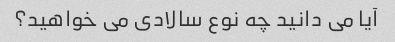
آیا می دانید چه نوع سالادی می خواهید؟